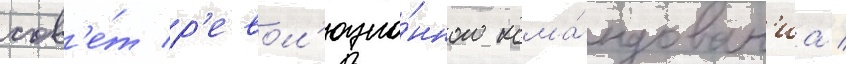
сов'е́т р'евол'юцио́нного кома́ндован'иа /